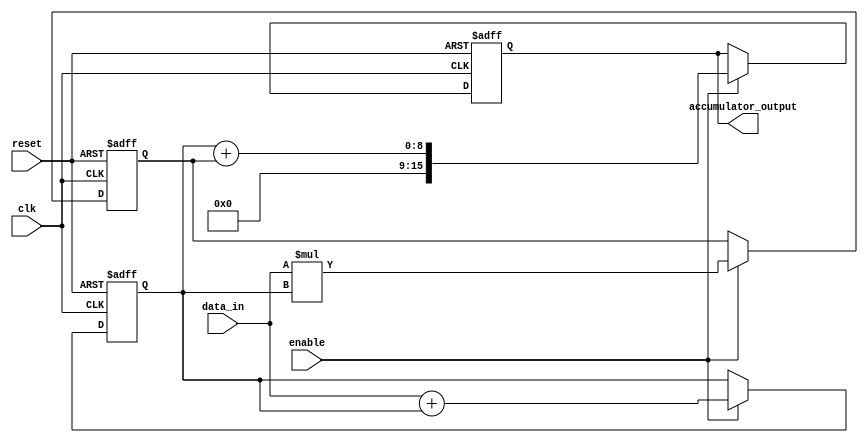
module PipelineAccumulator (
    input wire clk,
    input wire reset,
    input wire enable,
    input wire [7:0] data_in,
    output reg [15:0] accumulator_output
);

reg [7:0] stage1_out, stage2_out;

always @(posedge clk or posedge reset) begin
    if (reset) begin
        stage1_out <= 0;
        stage2_out <= 0;
        accumulator_output <= 0;
    end else begin
        if (enable) begin
            // Stage 1: Addition
            stage1_out <= data_in + stage1_out;
            // Stage 2: Multiplication
            stage2_out <= data_in * stage1_out;
            // Final Accumulation
            accumulator_output <= stage1_out + stage2_out;
        end
    end
end

endmodule